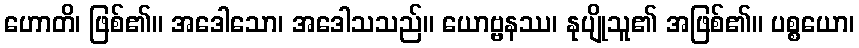
ဟောတိ၊ ဖြစ်၏။ အဒေါသော၊ အဒေါသသည်။ ယောဗ္ဗနဿ၊ နုပျိုသူ၏ အဖြစ်၏။ ပစ္စယော၊